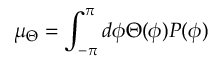
\mu _ { \Theta } = \int _ { - \pi } ^ { \pi } d \phi \Theta ( \phi ) P ( \phi )